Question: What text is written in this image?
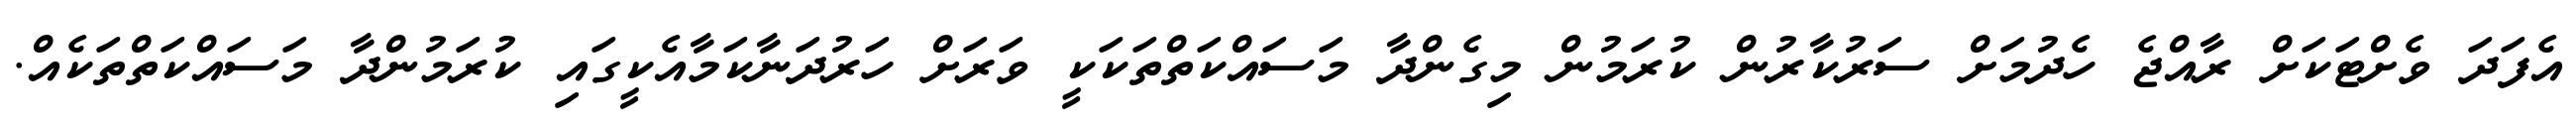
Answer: އެފަދަ ވެށްޓަކަށް ރާއްޖެ ހެދުމަށް ސަރުކާރުން ކުރަމުން މިގެންދާ މަސައްކަތްތަކަކީ ވަރަށް ހަރުދަނާކަމާއެކީގައި ކުރަމުންދާ މަސައްކަތްތަކެއް.